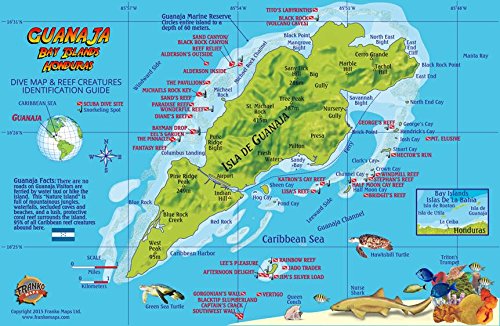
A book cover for Guanaja Bay Islands Honduras Dive Map & Coral Reef Creatures Guide Franko Maps Laminated Fish Card; Franko Maps Ltd.; Travel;